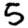
Digit: 5